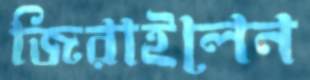
জিরাইলেন